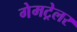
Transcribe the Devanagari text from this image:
गेमट्रेलर